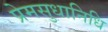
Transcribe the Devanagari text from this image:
प्रेमसुधानिधि